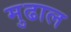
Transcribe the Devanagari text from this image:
मुढाल